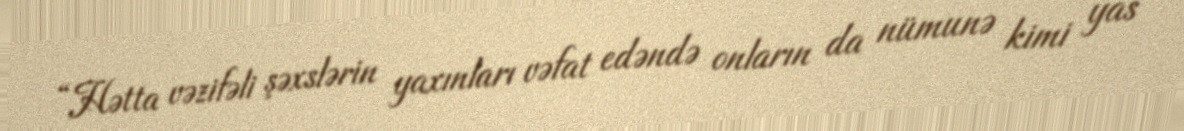
“Hətta vəzifəli şəxslərin yaxınları vəfat edəndə onların da nümunə kimi yas